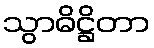
သွာဓိဋ္ဌိတာ